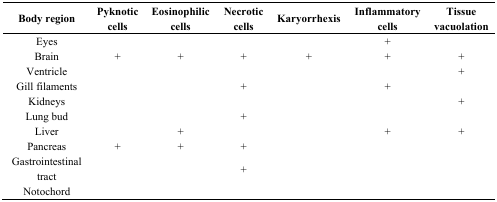
| Body region | Pyknotic cells | Eosinophilic cells | Necrotic cells | Karyorrhexis | Inflammatory cells | Tissue vacuolation |
 | --- | --- | --- | --- | --- | --- | --- |
 | Eyes |  |  |  |  | + |  |
 | Brain | + | + | + | + | + | + |
 | Ventricle |  |  |  |  |  | + |
 | Gill filaments |  |  | + |  | + |  |
 | Kidneys |  |  |  |  |  | + |
 | Lung bud |  |  | + |  |  |  |
 | Liver |  | + |  |  | + | + |
 | Pancreas | + | + | + |  |  |  |
 | Gastrointestinal tract |  |  | + |  |  |  |
 | Notochord |  |  |  |  |  |  |